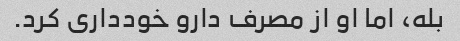
بله، اما او از مصرف دارو خودداری کرد.